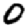
Digit: 0